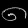
Digit: ၈